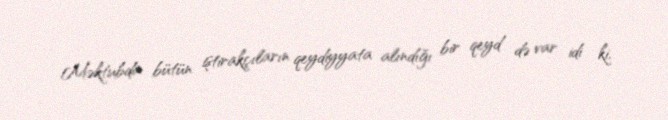
Məktubda bütün iştirakçıların qeydiyyata alındığı bir qeyd də var idi ki,